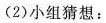
(2)小组猜想：